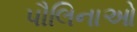
પૌલિનાઓ